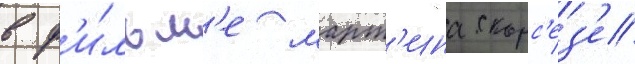
в ф'и́льм'е март'ина скорс'ез'е